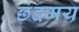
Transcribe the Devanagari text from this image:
छंदमय